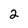
Character: 2